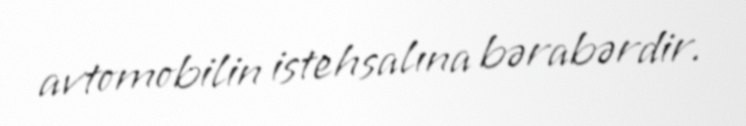
avtomobilin istehsalına bərabərdir.